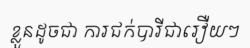
ខ្លួនដូចជា ការជក់បារីជារឿយៗ